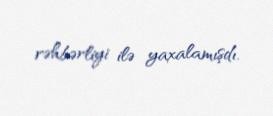
rəhbərliyi ilə yaxalamışdı.